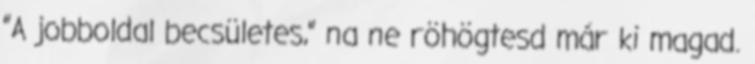
”A jobboldal becsületes,” na ne röhögtesd már ki magad.